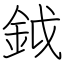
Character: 鉞